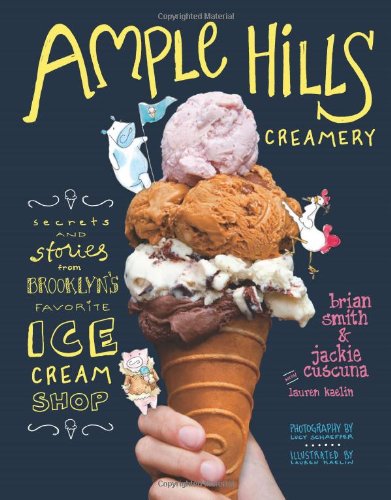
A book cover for Ample Hills Creamery: Secrets and Stories from BrooklynEEs Favorite Ice Cream Shop; Brian Smith; Cookbooks, Food & Wine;